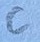
Text: C